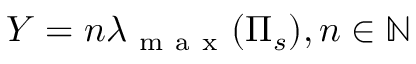
Y = n \lambda _ { \mathrm { ~ m ~ a ~ x ~ } } ( \Pi _ { s } ) , n \in \mathbb { N }